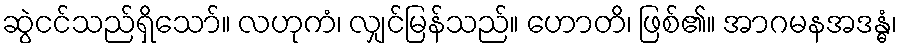
ဆွဲငင်သည်ရှိသော်။ လဟုကံ၊ လျှင်မြန်သည်။ ဟောတိ၊ ဖြစ်၏။ အာဂမနအဒန္ဓံ၊